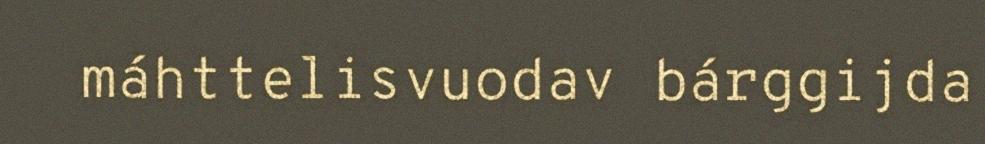
máhttelisvuodav bárggijda